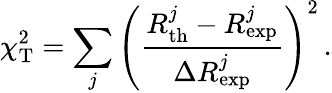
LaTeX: \chi_{\mathrm{T}}^{2}=\sum_{j}\left(\frac{R_{\mathrm{th}}^{j}-R_{\mathrm{exp}}^{j}}{{\Delta R_{\mathrm{exp}}^{j}}}\right)^{2}\, .